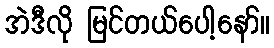
အဲဒီလို မြင်တယ်ပေါ့နော်။